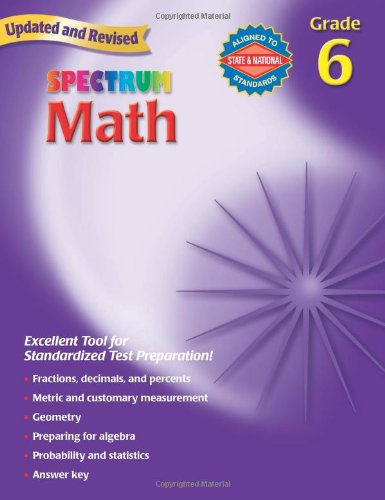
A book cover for Spectrum Math, Grade 6; Thomas Richards; Children's Books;